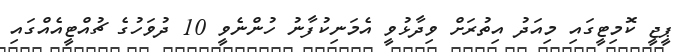
ޕީޖީ ކޮމިޓީގައި މިއަދު އިތުރަށް ވިދާޅުވީ އެމަނިކުފާނު ހުންނެވީ 10 ދުވަހުގެ ޗުއްޓީއެއްގައި